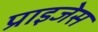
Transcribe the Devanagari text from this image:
प्राइजेस